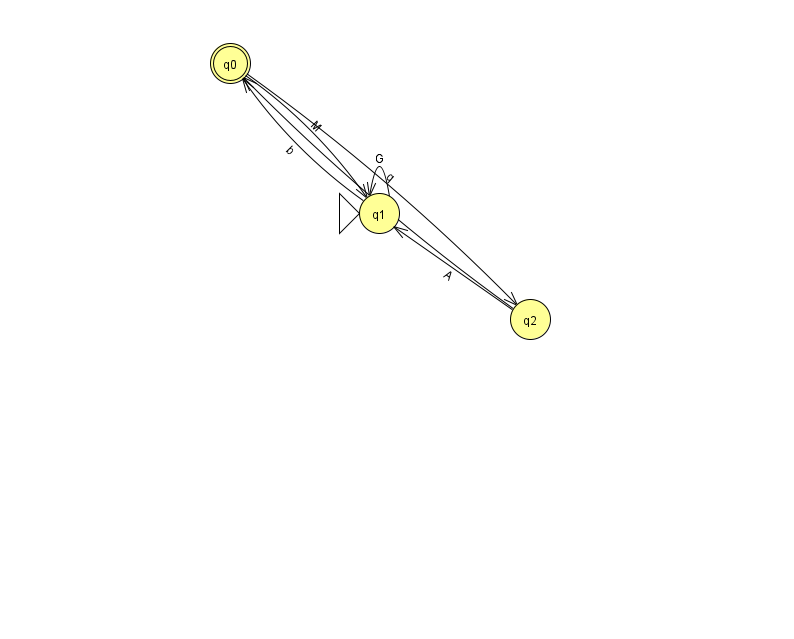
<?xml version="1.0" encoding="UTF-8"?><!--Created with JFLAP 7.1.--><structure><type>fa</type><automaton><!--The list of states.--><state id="0" name="q0"><x>230.0</x><y>50.0</y><final/></state><state id="1" name="q1"><x>379.0</x><y>200.0</y><initial/></state><state id="2" name="q2"><x>530.0</x><y>306.0</y></state><!--The list of transitions.--><transition><from>1</from><to>0</to><read>b</read></transition><transition><from>1</from><to>1</to><read>G</read></transition><transition><from>0</from><to>1</to><read>M</read></transition><transition><from>0</from><to>2</to><read>q</read></transition><transition><from>2</from><to>0</to><read>s</read></transition><transition><from>2</from><to>1</to><read>A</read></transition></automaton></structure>